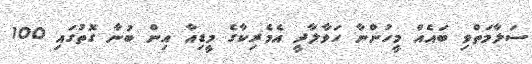
ސަލާމަތްވި ބައެއް މީހުންނާ ހަވާލާދީ އެމެރިކާގެ މީޑިއާ އިން ބުނާ ގޮތުގައި 100